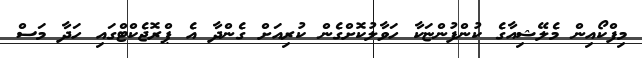
މިފްކޯއިން މެެލޭޝިއާގެ ކުންފުންޏަކާ ހަވާލުކޮށްގެން ކުރިއަށް ގެންދާ އެ ޕްރޮޖެކްޓްގައި ހަދާ މަސް